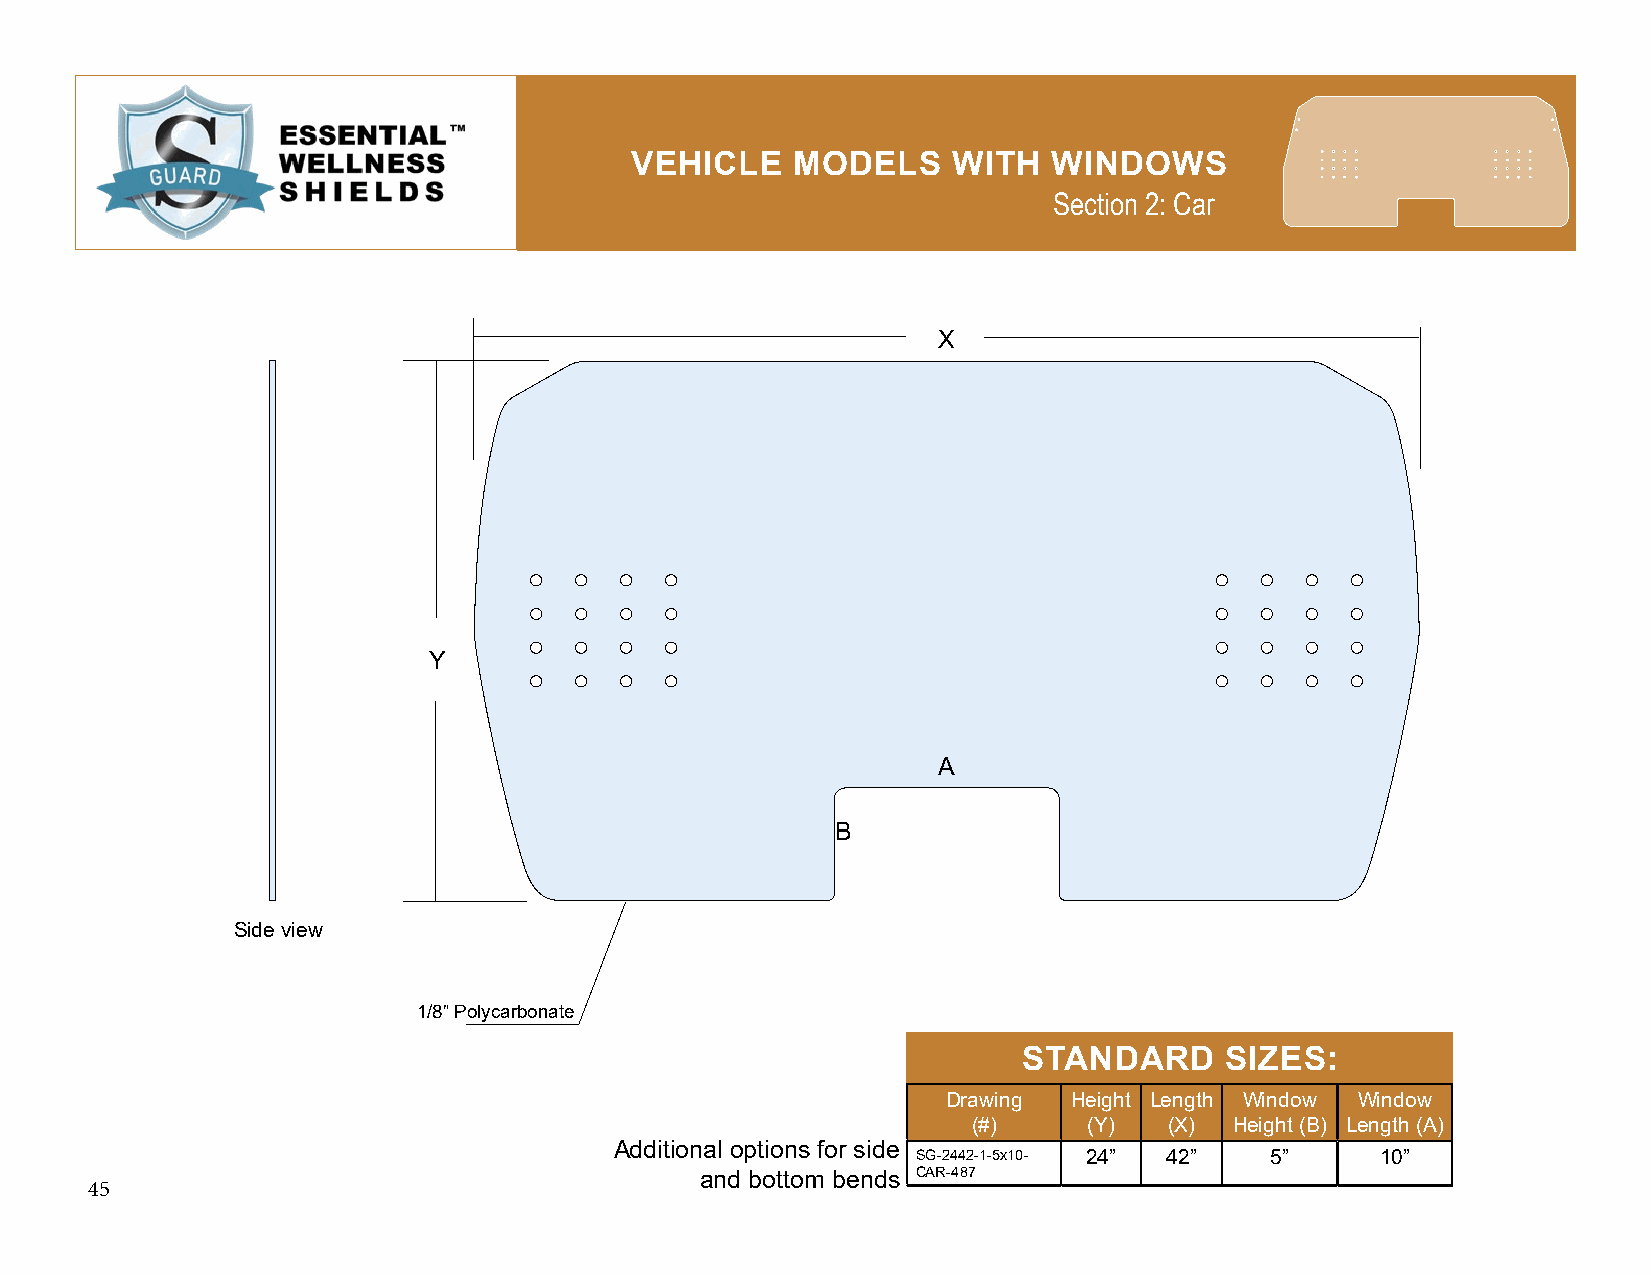
VEHICLE    MODELS    WITH   WINDOWS
 Section 2: Car
 X
 Y
 A
 B
 Side view
 1/8” Polycarbonate
 STANDARD     SIZES:
 Drawing Height Length Window Window
 (#)     (Y)  (X)  Height (B) Length (A)
 Additional options for side
 SG-2442-1-5x10- 24” 42” 5”    10”
 and bottom bends CAR-487
 45